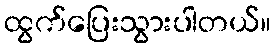
ထွက်ပြေးသွားပါတယ်။